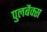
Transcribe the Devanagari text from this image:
पुलबैक्स